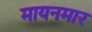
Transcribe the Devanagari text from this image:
मायनमार